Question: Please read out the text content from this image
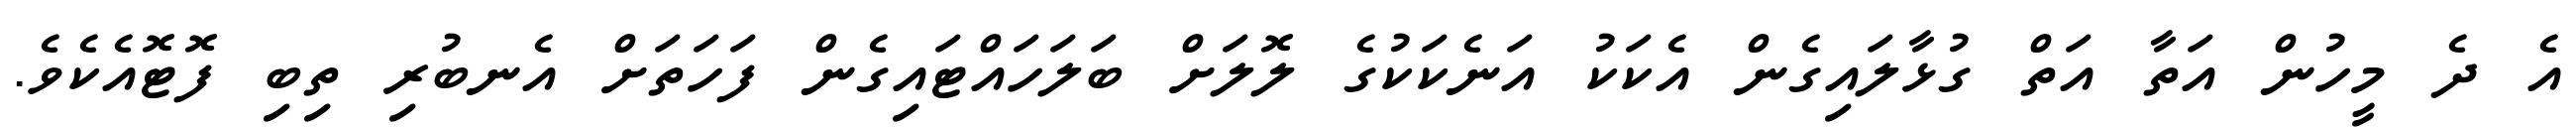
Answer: އެ ދެ މީހުން އަތާ އަތް ގުޅާލައިގެން އެކަކު އަނެކަކުގެ ލޮލަށް ބަލަހައްޓައިގެން ފަހަތަށް އެނބުރި ތިބި ފޮޓޮއެކެވެ.